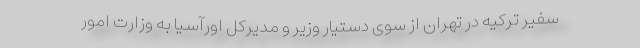
سفیر ترکیه در تهران از سوی دستیار وزیر و مدیرکل اورآسیا به وزارت امور